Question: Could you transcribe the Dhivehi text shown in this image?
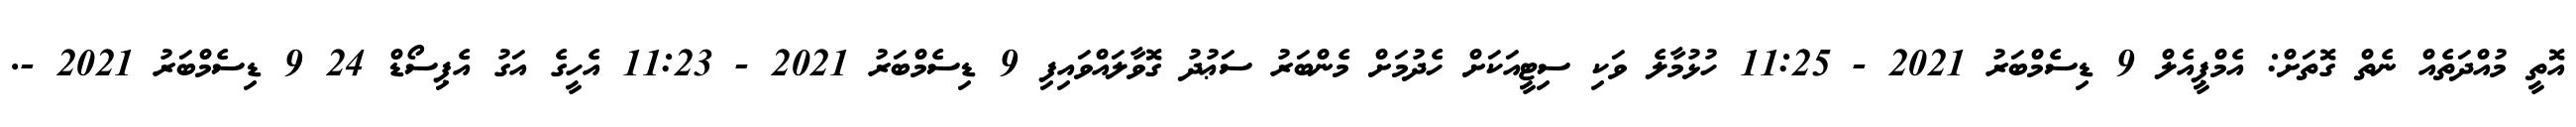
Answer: އޮތީ މުއްދަތެއް ނެތް ގޮތަށް: އެމްޕީއެލް 9 ޑިސެމްބަރު 2021 - 11:25 ހުޅުމާލެ ވަކި ސިޓީއަކަށް ހެދުމަށް މެންބަރު ސަޢުދު ގޮވާލައްވައިފި 9 ޑިސެމްބަރު 2021 - 11:23 އެހީގެ އަގު އެޕިސޯޑް 24 9 ޑިސެމްބަރު 2021 -.